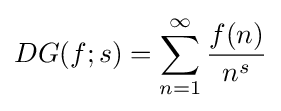
DG(f;s)=\sum _{n=1}^{\infty }{\frac {f(n)}{n^{s}}}